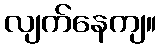
လျက်နေကျ။